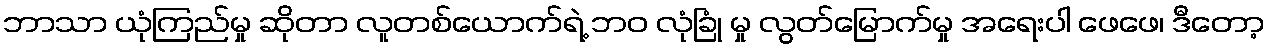
ဘာသာ ယုံကြည်မှု ဆိုတာ လူတစ်ယောက်ရဲ့ ဘဝ လုံခြုံ မှု လွတ်မြောက်မှု အရေးပါ ဖေဖေ၊ ဒီတော့